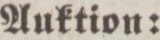
Auktion: